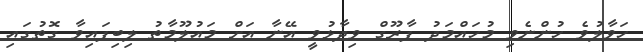
ހަވާލުވެ ހުންނެވި މުހައްމަދު ފާރޫގް ވިދާޅުވީ އޭނާ އަށް މައުލޫމާތު ލިބިފައިވާ ގޮތުގައި